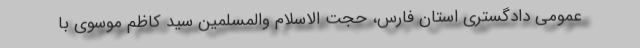
عمومی دادگستری استان فارس، حجت الاسلام والمسلمین سید کاظم موسوی با